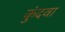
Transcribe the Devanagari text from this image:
कुंदवा